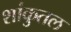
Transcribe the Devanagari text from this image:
शांकुतल